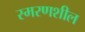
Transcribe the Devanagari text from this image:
स्मरणशील